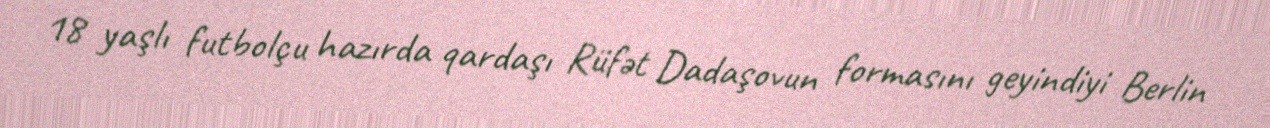
18 yaşlı futbolçu hazırda qardaşı Rüfət Dadaşovun formasını geyindiyi Berlin